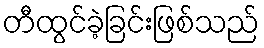
တီထွင်ခဲ့ခြင်းဖြစ်သည်